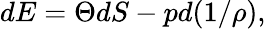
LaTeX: dE=\Theta dS-pd(1/\rho),